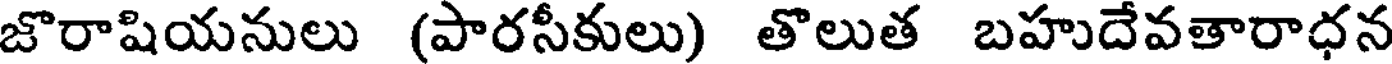
జొరాషియనులు (పారసీకులు) తొలుత బహుదేవతారాధన